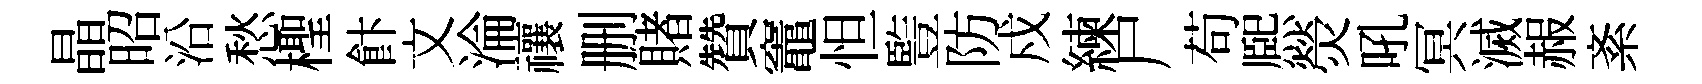
晶昭沿愁檉飰文淪禳删賭贊竈怛䜿防戍練尸苟熈熒吼冥滅赧紊